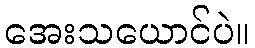
အေးသယောင်ပဲ။